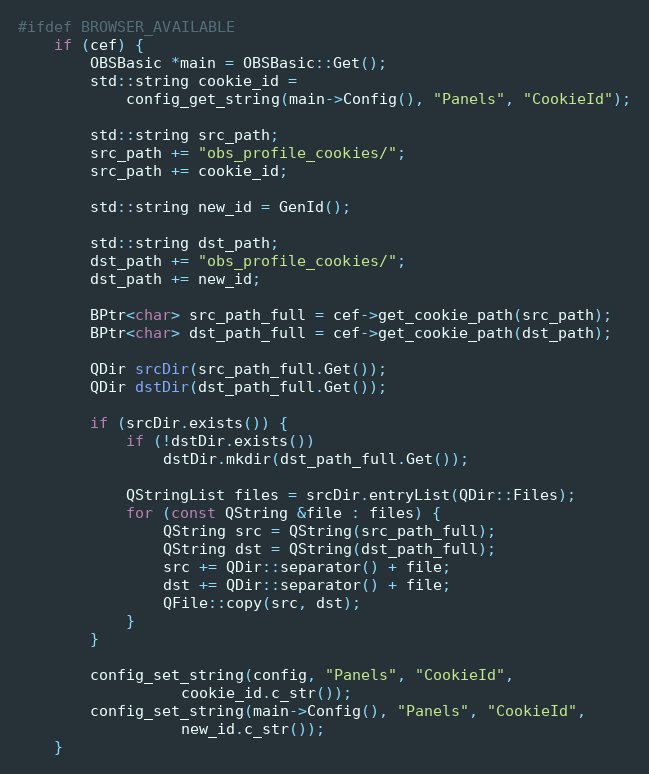
Language: C++
#ifdef BROWSER_AVAILABLE
	if (cef) {
		OBSBasic *main = OBSBasic::Get();
		std::string cookie_id =
			config_get_string(main->Config(), "Panels", "CookieId");

		std::string src_path;
		src_path += "obs_profile_cookies/";
		src_path += cookie_id;

		std::string new_id = GenId();

		std::string dst_path;
		dst_path += "obs_profile_cookies/";
		dst_path += new_id;

		BPtr<char> src_path_full = cef->get_cookie_path(src_path);
		BPtr<char> dst_path_full = cef->get_cookie_path(dst_path);

		QDir srcDir(src_path_full.Get());
		QDir dstDir(dst_path_full.Get());

		if (srcDir.exists()) {
			if (!dstDir.exists())
				dstDir.mkdir(dst_path_full.Get());

			QStringList files = srcDir.entryList(QDir::Files);
			for (const QString &file : files) {
				QString src = QString(src_path_full);
				QString dst = QString(dst_path_full);
				src += QDir::separator() + file;
				dst += QDir::separator() + file;
				QFile::copy(src, dst);
			}
		}

		config_set_string(config, "Panels", "CookieId",
				  cookie_id.c_str());
		config_set_string(main->Config(), "Panels", "CookieId",
				  new_id.c_str());
	}